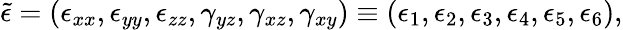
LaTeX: {\tilde{\epsilon}}=(\epsilon_{xx},\epsilon_{yy},\epsilon_{zz},\gamma_{yz},\gamma_{xz},\gamma_{xy})\equiv(\epsilon_{1},\epsilon_{2},\epsilon_{3},\epsilon_{4},\epsilon_{5},\epsilon_{6}),